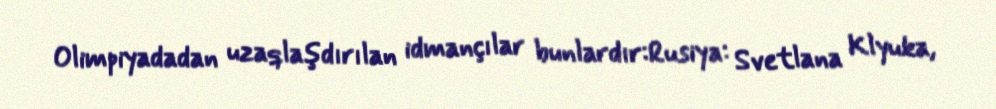
Olimpiyadadan uzaqlaşdırılan idmançılar bunlardır:Rusiya: Svetlana Klyuka,